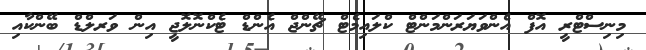
މިނިސްޓްރީ އޮފް އެންވަޔަރަންމަންޓް ކްލައިމެޓް ޗޭންޖް އެންޑް ޓެކްނޮލޮޖީ އިން ވަރލްޑް ބޭންކާއި